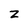
Character: z